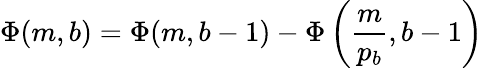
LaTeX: \Phi(m,b)=\Phi(m,b-1)-\Phi\left({\frac{m}{p_{b}}},b-1\right)